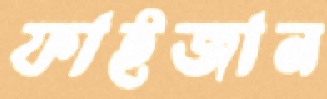
ফাইজান